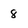
Character: 8